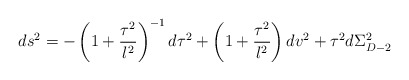
\begin{align*}ds^2 = -\left(1 + \frac{\tau^2}{l^2}\right)^{-1}d\tau^2 +\left(1 + \frac{\tau^2}{l^2}\right)dv^2 +\tau^2d\Sigma_{D-2}^2\end{align*}